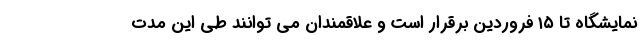
نمایشگاه تا ۱۵ فروردین برقرار است و علاقمندان می توانند طی این مدت